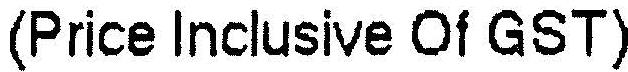
(PRICE INCLUSIVE OF GST)